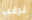
نرغب